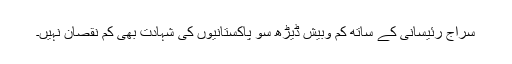
سراج رئیسانی کے ساتھ کم وبیش ڈیڑھ سو پاکستانیوں کی شہادت بھی کم نقصان نہیں۔